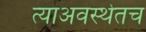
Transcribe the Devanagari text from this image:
त्याअवस्थेतच